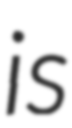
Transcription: is